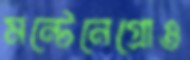
মন্টেনেগ্রোও